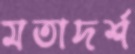
মতাদর্শ